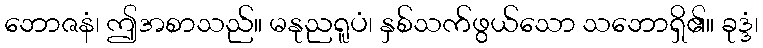
ဘောဇနံ၊ ဤအစာသည်။ မနုညရူပံ၊ နှစ်သက်ဖွယ်သော သဘောရှိ၏။ ခုဒ္ဒံ၊